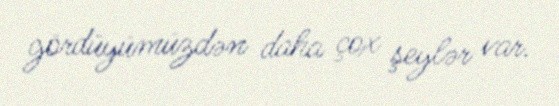
gördüyümüzdən daha çox şeylər var.